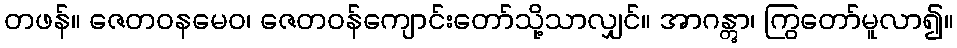
တဖန်။ ဇေတဝနမေဝ၊ ဇေတဝန်ကျောင်းတော်သို့သာလျှင်။ အာဂန္တွာ၊ ကြွတော်မူလာ၍။